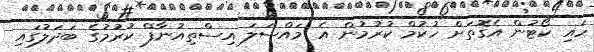
ހައި ކޯޓުން އެގޮތަށް ހުކުމް ކުރުމުން އެ މައްސަލަ އިސްތިއުނާފް ކުރުމުގެ ބަދަލުގައި